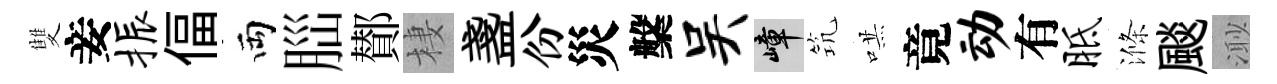
雙妾振偪両𦛁鄼棲盞份災槃吴嶂𥬑哄竟动有胝滌颷𣺌